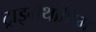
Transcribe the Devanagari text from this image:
ट्राइमैथोप्रिम